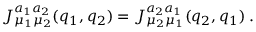
J _ { \mu _ { 1 } \mu _ { 2 } } ^ { a _ { 1 } a _ { 2 } } ( q _ { 1 } , q _ { 2 } ) = J _ { \mu _ { 2 } \mu _ { 1 } } ^ { a _ { 2 } a _ { 1 } } ( q _ { 2 } , q _ { 1 } ) \; .